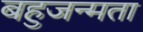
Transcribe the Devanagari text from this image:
बहुजन्मता